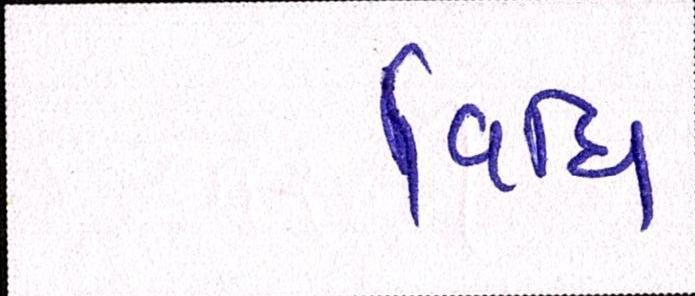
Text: વિધિ